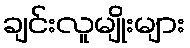
ချင်းလူမျိုးများ